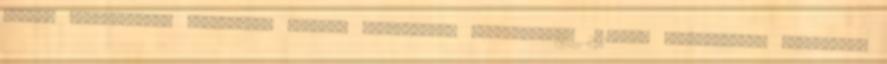
miatti költöztetése Semmelweis Egyetem egységeinek költöztetése 2015-től folyamatosan Semmelweis